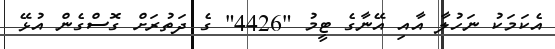
އެކަމަކު ނަހުލާ އާއި އޭނާގެ ޓީމު "4426" ގެ ދަތުރަށް ގޮސްގެން އުޅޭ